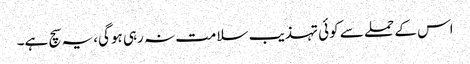
اس کے حملے سے کوئی تہذیب سلامت نہ رہی ہوگی، یہ سچ ہے۔